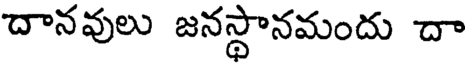
దానవులు జనస్థానమందు దా